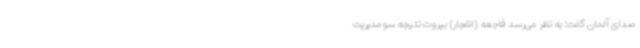
صدای آلمان گفت: به نظر می‌رسد فاجعه (انفجار) بیروت نتیجه سومدیریت